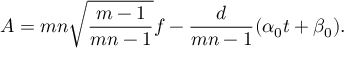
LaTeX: A = m n \sqrt { \frac { m - 1 } { m n - 1 } } f - \frac { d } { m n - 1 } ( \alpha _ { 0 } t + \beta _ { 0 } ) .